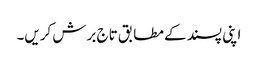
اپنی پسند کے مطابق تاج برش کریں۔